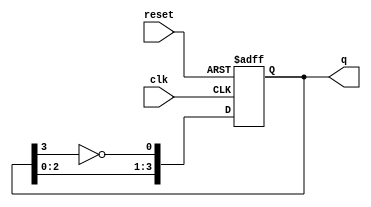
module JohnsonCounter #(parameter N = 4) (
    input wire clk,         // Clock input
    input wire reset,       // Asynchronous reset
    output reg [N-1:0] q    // Output state
);

    // Internal signal for feedback
    wire feedback;

    // Assign feedback as the inverted output of the last flip-flop
    assign feedback = ~q[N-1];

    always @(posedge clk or posedge reset) begin
        if (reset) begin
            // Reset the counter to 0
            q <= 0;
        end else begin
            // Johnson counter state transition
            q <= {q[N-2:0], feedback};
        end
    end

endmodule